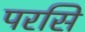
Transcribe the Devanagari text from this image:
परसि